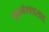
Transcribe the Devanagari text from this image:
भुवनेश्वप्रसाद